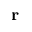
\mathbf { r }